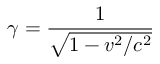
\gamma = { \frac { 1 } { \sqrt { 1 - v ^ { 2 } / c ^ { 2 } } } }